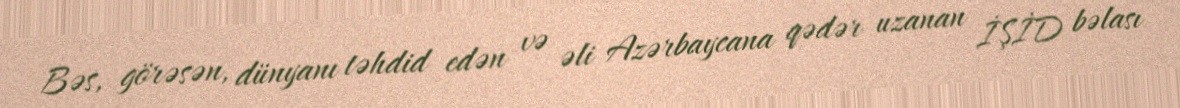
Bəs, görəsən, dünyanı təhdid edən və əli Azərbaycana qədər uzanan İŞİD bəlası